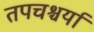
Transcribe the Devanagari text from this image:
तपचश्चर्या